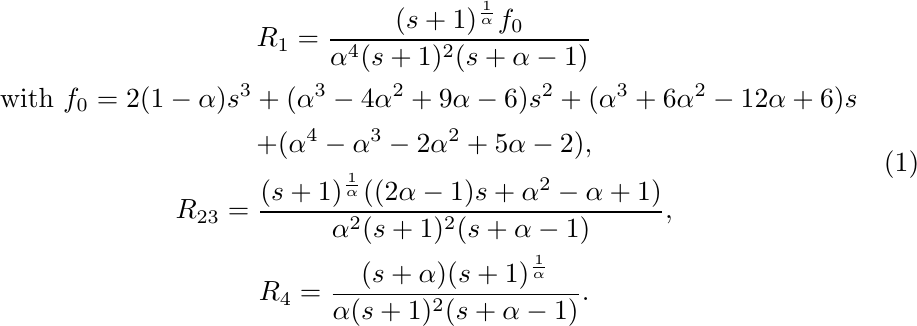
  \begin{equation}
    \begin{gathered}
    R_1 = \frac{(s + 1)^{\frac{1}{\alpha}}f_0}{
      \alpha^4(s + 1)^2(s + \alpha - 1)} \\
    \text{ with } f_0 =
      2(1 - \alpha)s^3
        + (\alpha^3 - 4\alpha^2 + 9\alpha - 6)s^2
        + (\alpha^3 + 6\alpha^2 - 12\alpha + 6)s\\
        + (\alpha^4 - \alpha^3 - 2\alpha^2 + 5\alpha - 2),\\
    R_{23} = \frac{(s + 1)^{\frac{1}{\alpha}}((2\alpha - 1)s + \alpha^2 - \alpha + 1)}{\alpha^2(s + 1)^2(s + \alpha - 1)}, \\
    R_4 = \frac{(s+\alpha)(s + 1)^{\frac{1}{\alpha}}}{\alpha(s + 1)^2(s+\alpha-1)}.
    \end{gathered}
\end{equation}